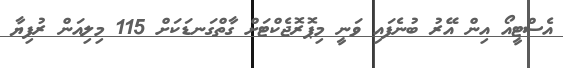
އެސްޓީއޯ އިން އޭރު ބުނެފައި ވަނީ މިޕޮރޮޖެކްޓަށް ގާތްގަނޑަކަށް 115 މިލިއަން ރުފިޔާ